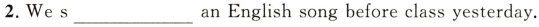
2. We s ___ an English song before class yesterday.